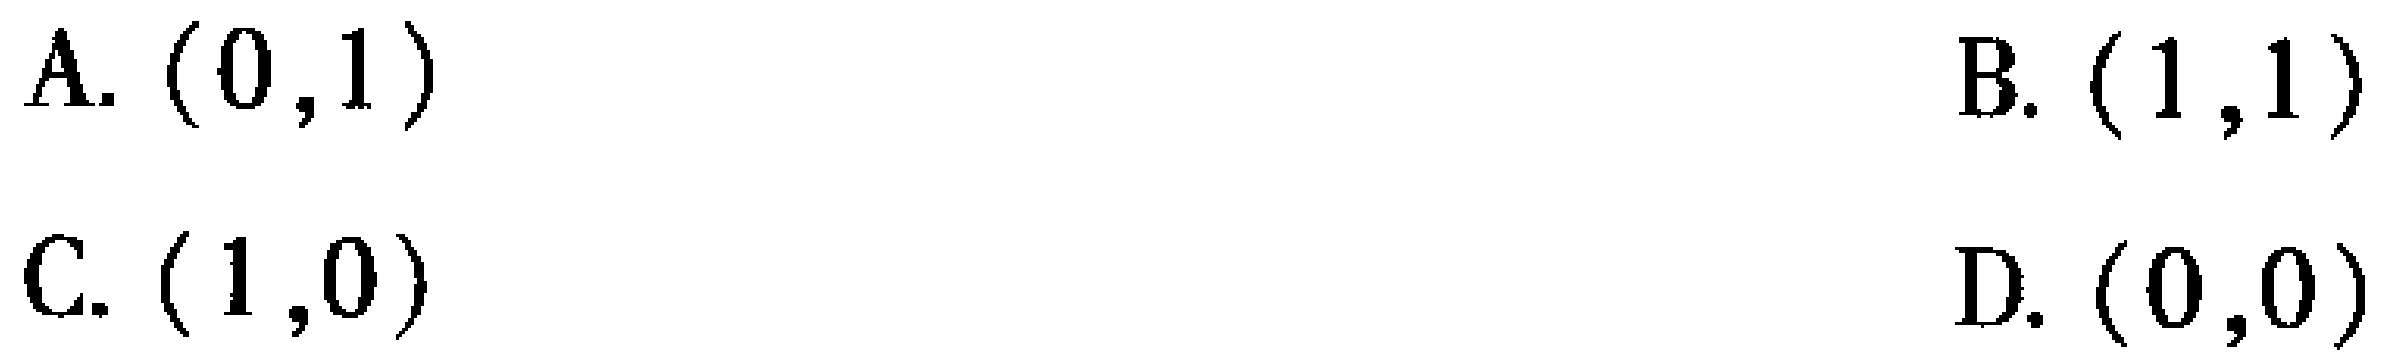
A. \((0,1)\)  B. \((1,1)\)  C. \((1,0)\)  D. \((0,0)\)